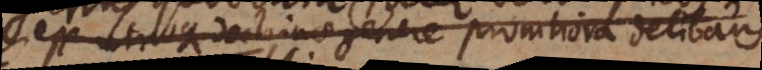
ex utroque doctrinae genere promptiora delibans